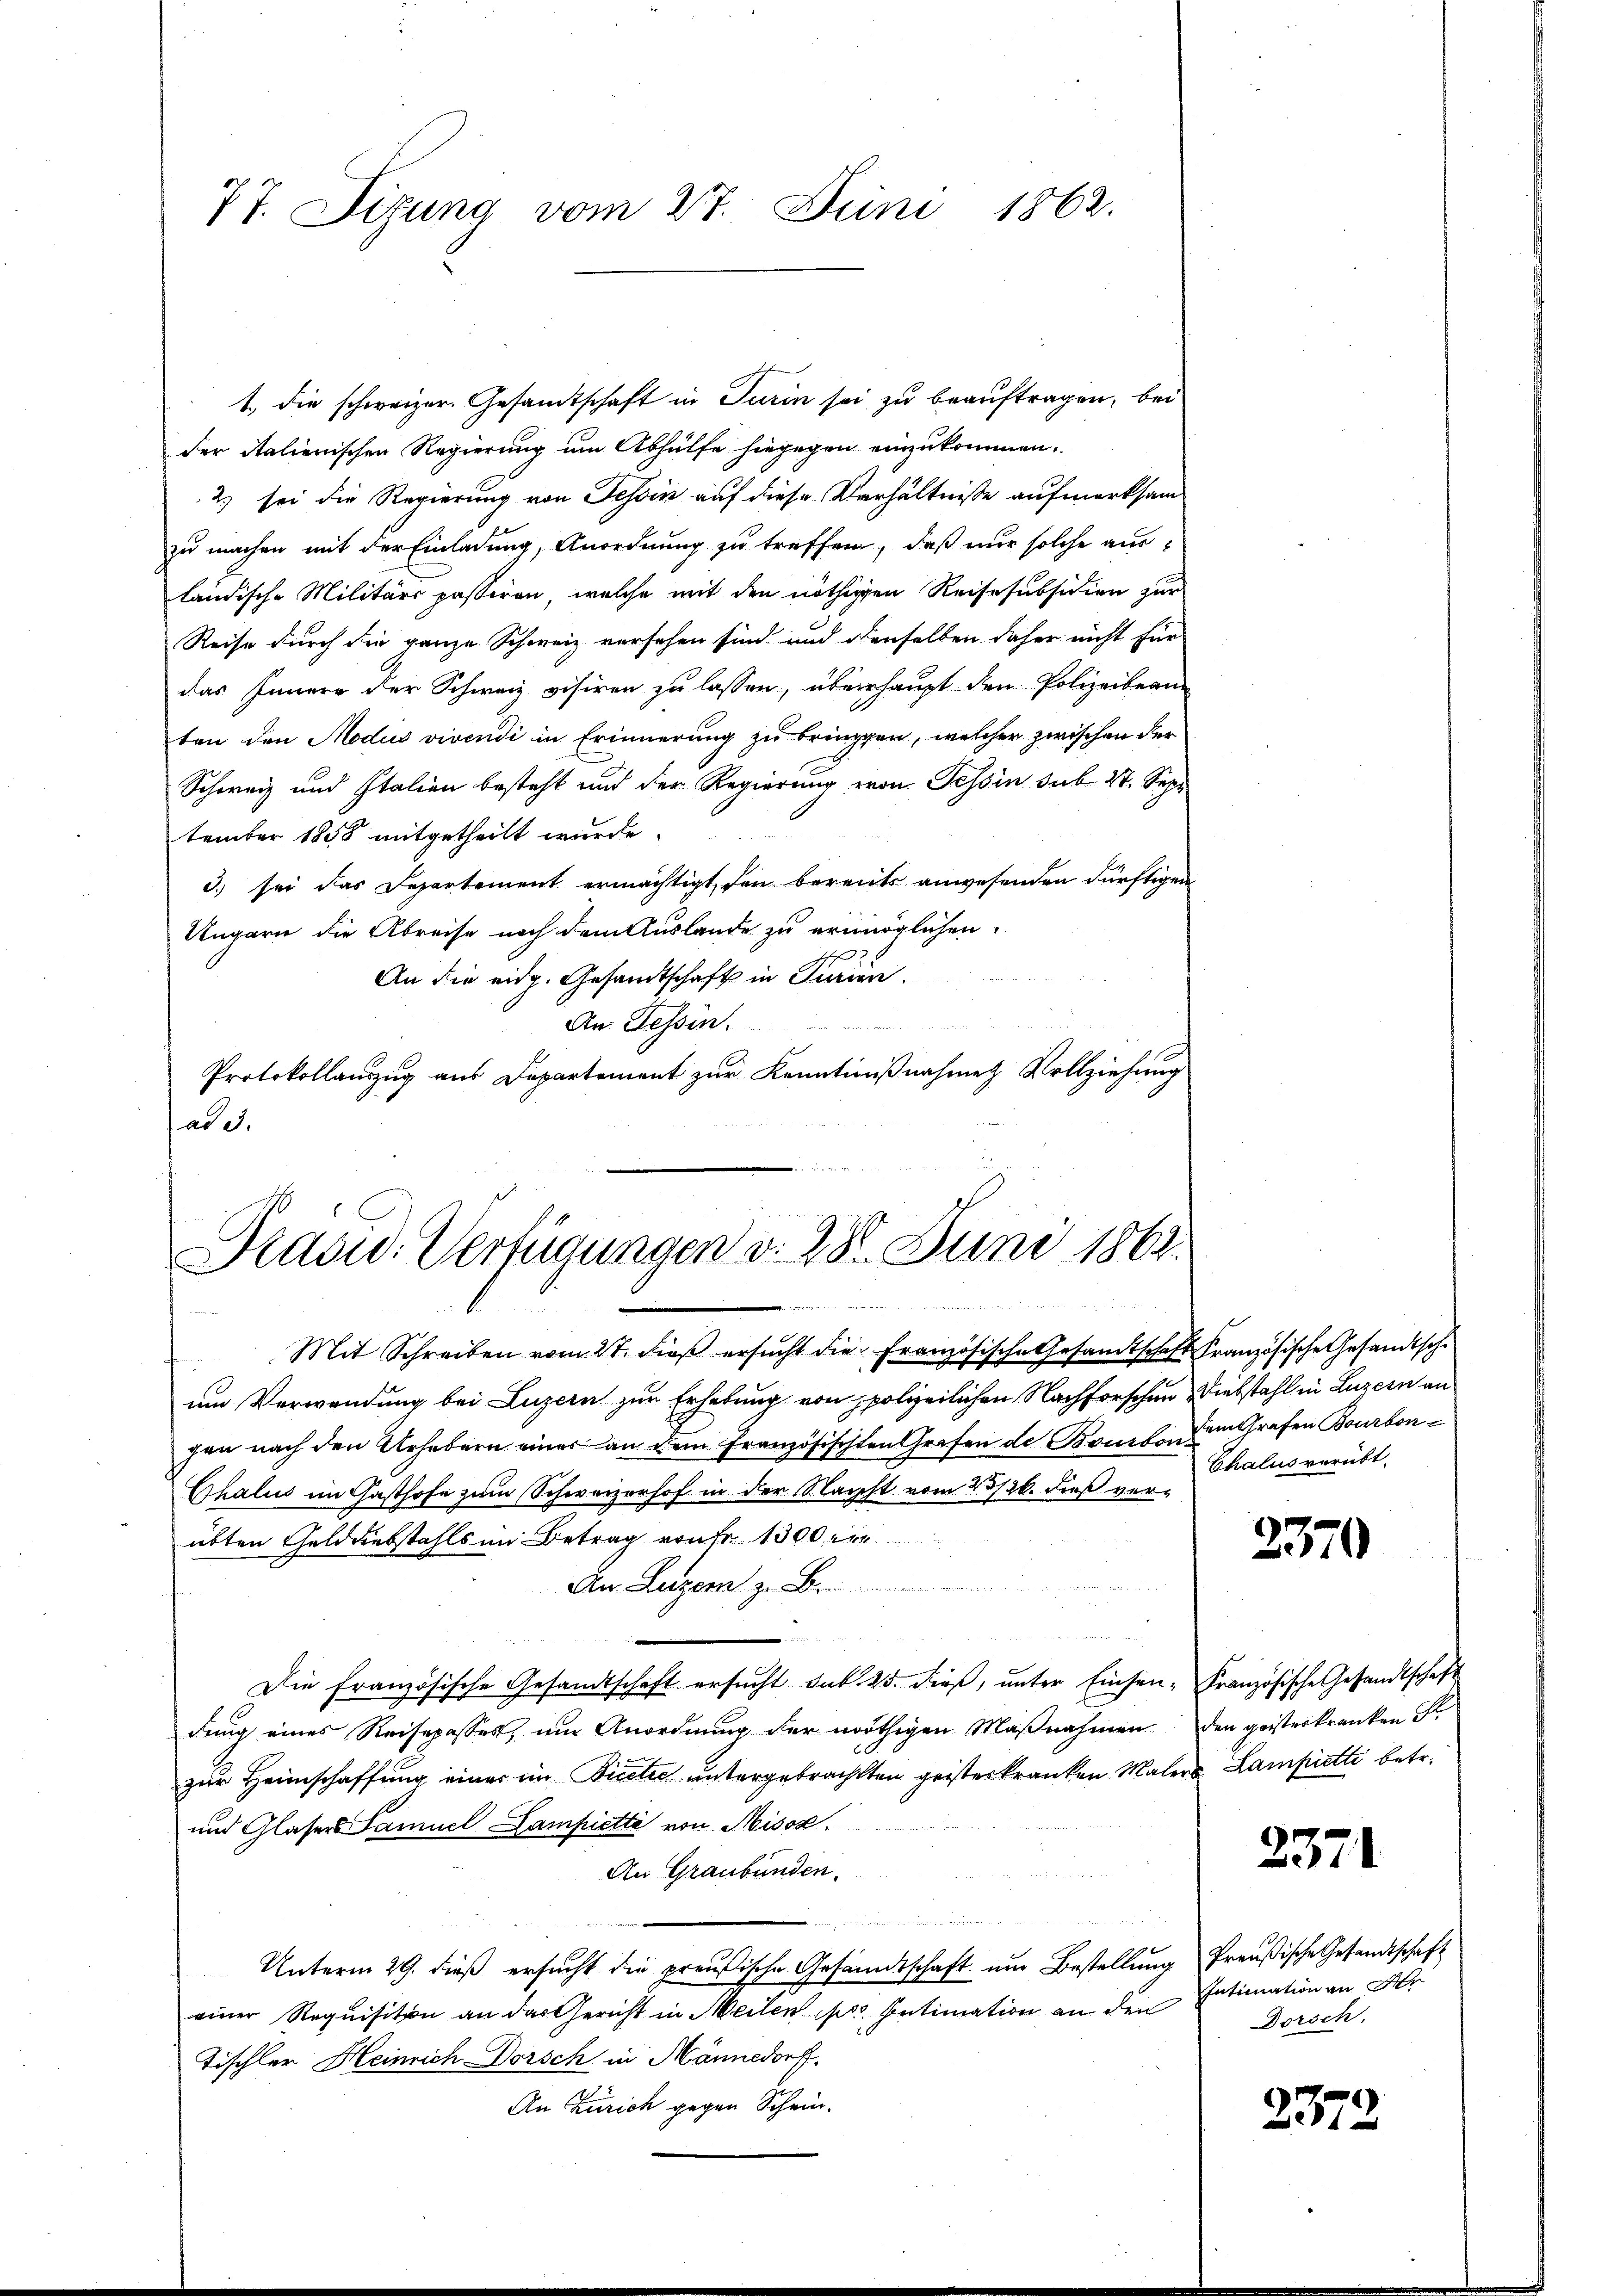
77. Sizung vom 27. Juni 1862.

1., die schweizer. Gesandtschaft in Turin sei zu beauftragen, bei
der italienischen Regierung um Abhülfe hiegegen einzukommen.
2) sei die Regierung von Tessin auf diese Verhältnisse aufmerksam
zu machen mit der Einladung, Anordnung zu treffen, daß nur solche ausländische Militärs passiren, welche mit den nöthigen Reise subsidion zur
Reise durch die ganze Schweiz versehen sind und denselben daher nicht für
das Innern der Schweiz visiren zu lassen, überhaupt den Polizeibean-
ten den Modus vivendi in Erinnerung zu bringgen, welcher zwischen der
Schweiz und Italien besteht und der Regierung von Tessin sub 27. Sept
tember 1858 mitgetheilt wurde.
3. sei das Separtement ermächtigt, den bereits anwesenden dürftigen
Ungarn die Abreise nach dem Auslande zu ermöglichen.
An die eidg. Gesandtschaft in Purien.
An Tessin.
Protokollauszug aus Departement zur Kenntnißnahme Vollziehung
ad e.
Präsid. Verfügungen d. 282. Juni 1861.

ie 1 in werden und die ad 2, 3 Seitens 111 15

Mit Schreiben vom 27. dieβ ersŭcht die Französische Gesamtschaft Französische Gesandtsche
¬
um Verwendung bei Luzern zur Erhebung von spolizeilichen Nachforschen Diebstahl in Luzern an
gen nach den Urhebern einer an dem französischten Grafen de Bonbonem Grafen Bourbon¬
Chalui im Gasthofe zum Schweizerhof in der Nacht vom 23/26. dieß verübten Gelddiebstahls im Betrag von Fr. 1300 re
An Luzern z
u
Die französische Gesandtschaft ersŭcht sub. 25. dieß, unter Einsen- Französische Gesandtschaft
dŭng eines Reisepasses, um Anordnŭng der nöthigen Maβnahmen den geisterkranken St.
zur Heimschaffung einer im Biete untergebrachten geisterkranken Malers Lampiette betr.
und Glasers Samuel Campiette von Misox.
An Graubünden.
Unterm 29. dieß ersucht die preußische Gesandtschaft nur Bestellung Preußische Gesandtschaft
einer Roquisition an das Gericht in Meilen pro Intimation an den
Tischler Heinrich Dorsch in Männedorf.
An Zürich gegen Schein.

Chalus verübt.

2370

2371

Intimation an der
Dorsch.

2372